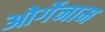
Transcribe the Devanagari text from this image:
ओर्गेनाम